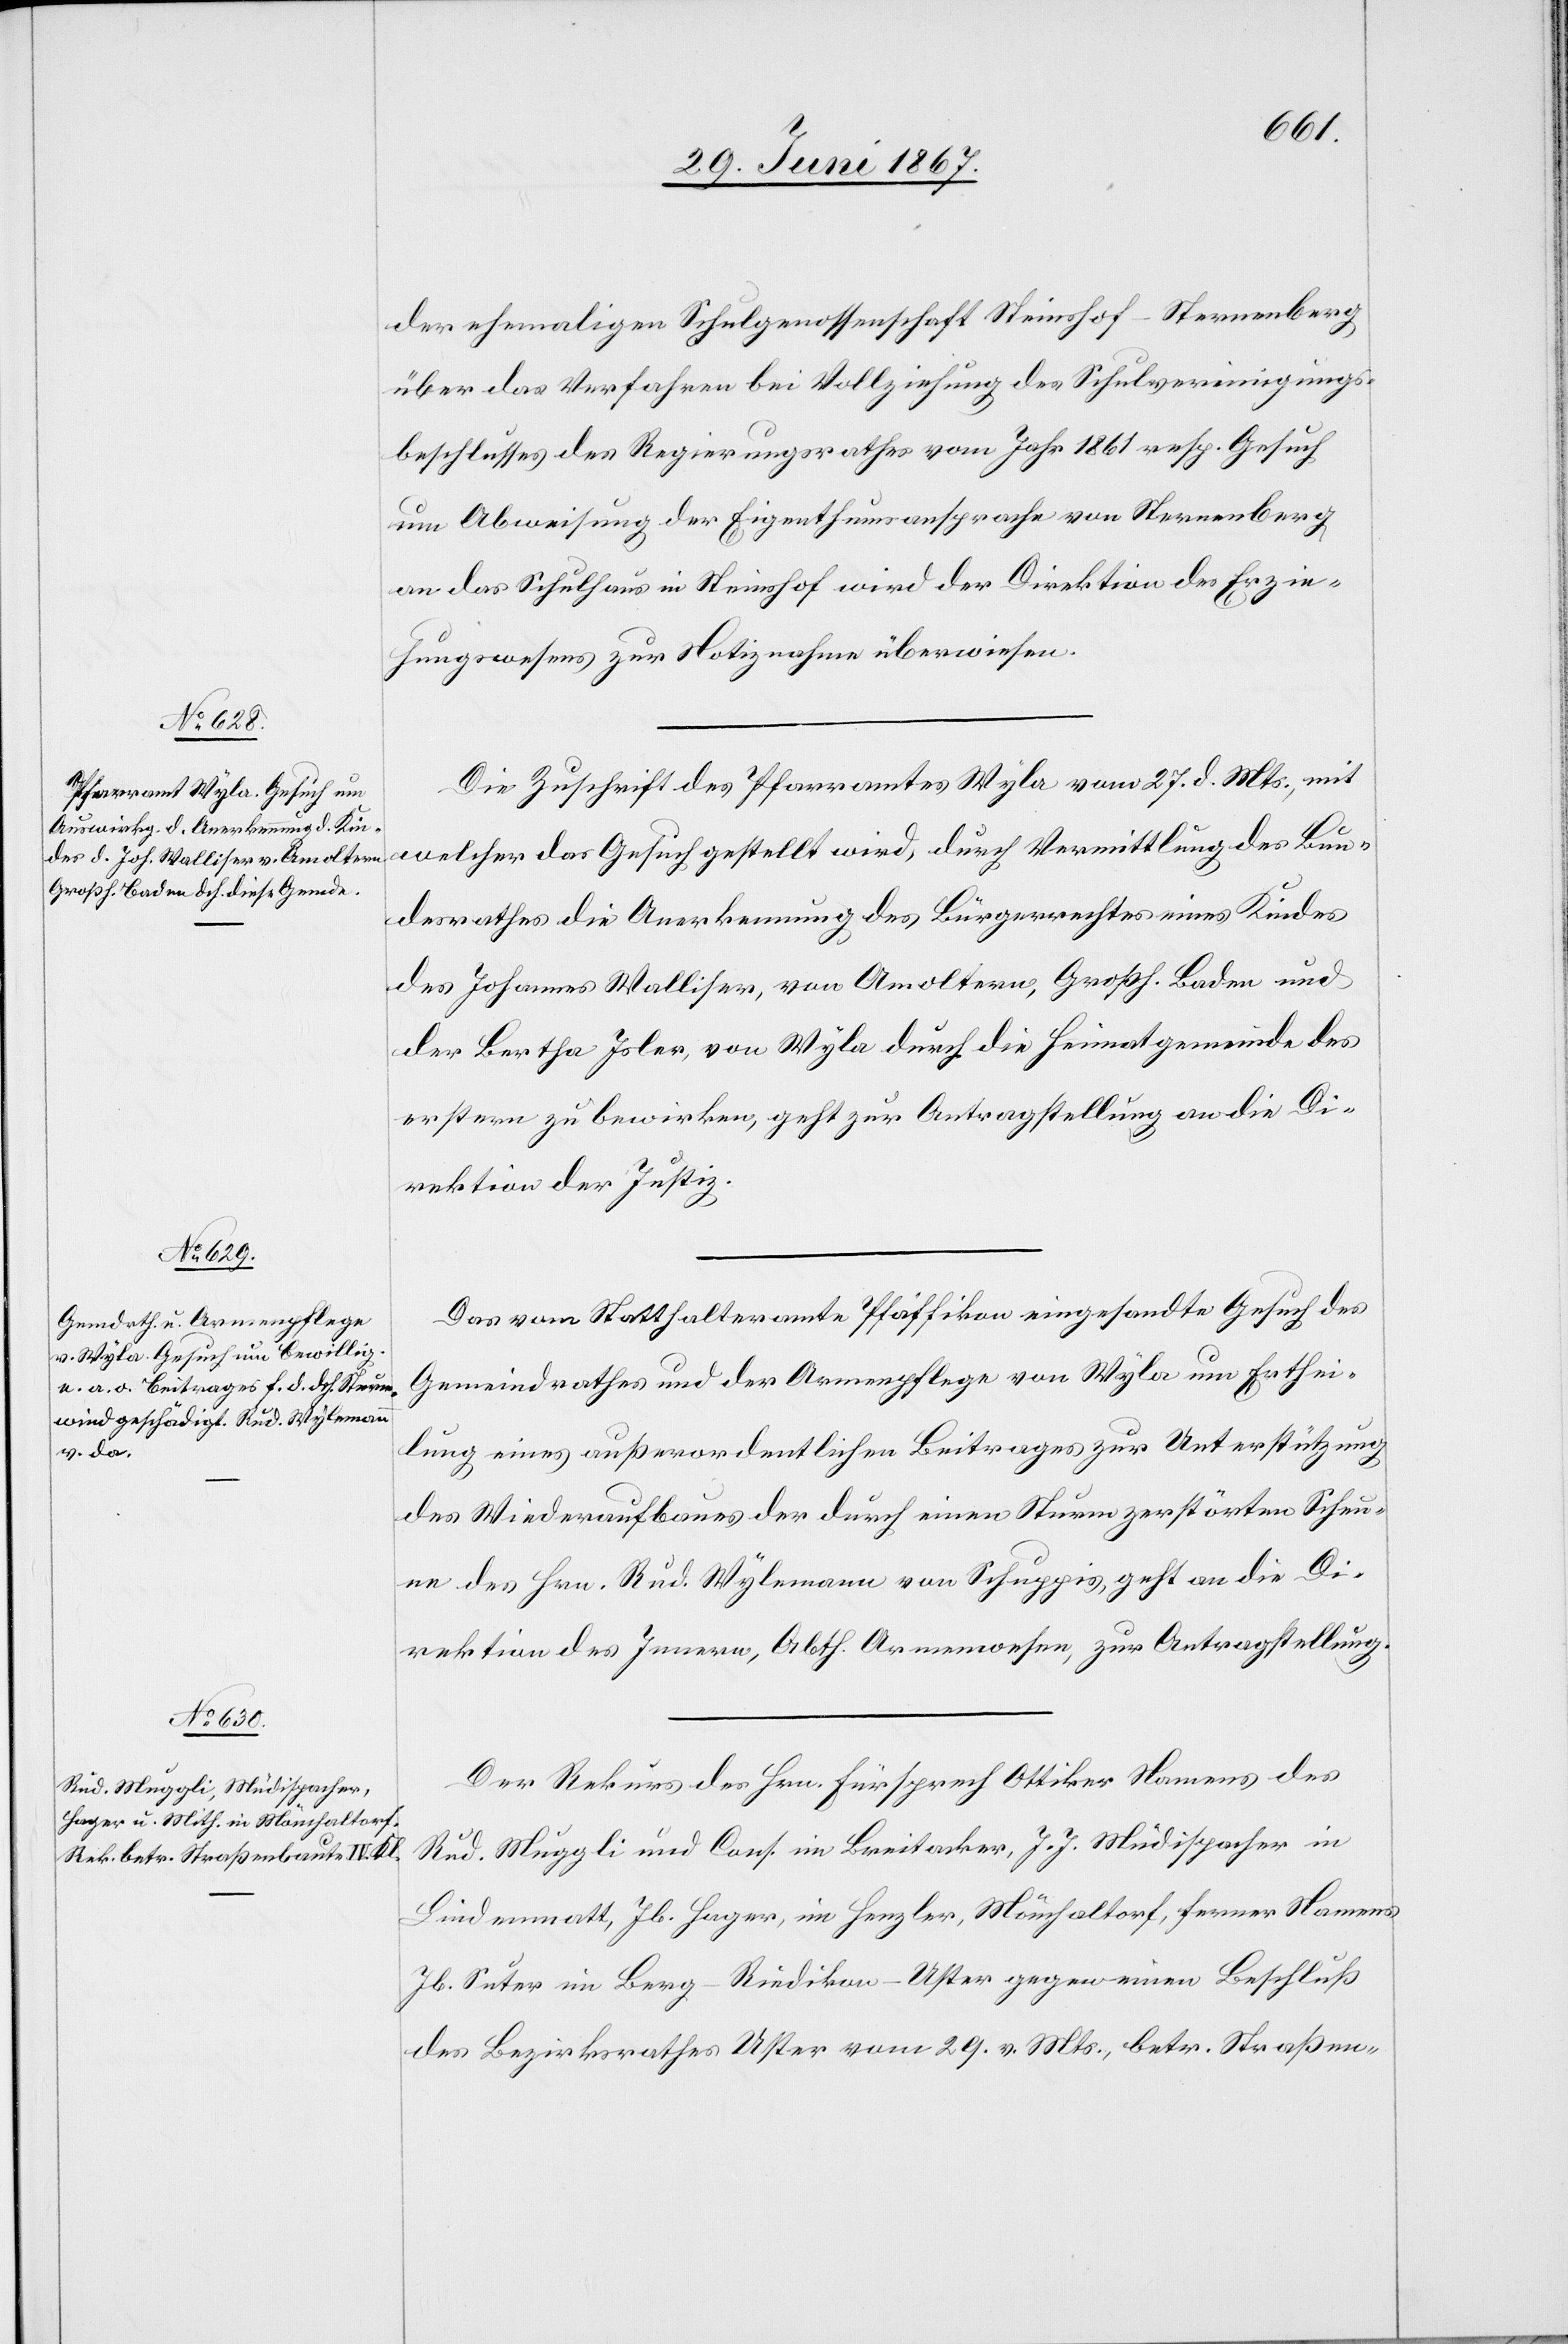
30. Juni 1867.]
der ehemaligen Schulgenossenschaft Steinshof-Sternenberg
über das Verfahren bei Vollziehung des Schulvereinigungs¬
beschlusses des Regierungsrathes vom Jahr 1861 resp. Gesuch
um Abweisung der Eigenthumsansprache von Sternenberg
an das Schulhaus in Steinshof wird der Direktion des Erzie¬
hungswesens zur Notiznahme überwiesen.
Die Zuschrift des Pfarramtes Wyla vom 27. d. Mts., mit
welcher das Gesuch gestellt wird, durch Vermittlung des Bun¬
desrathes die Anerkennung des Bürgerrechtes eines Kindes
des Johannes Walliser, von Amoltern, Großh. Baden und
der Bertha Isler, von Wyla, durch die Heimatgemeinde des
erstern zu bewirken, geht zur Antragstellung an die Di¬
rektion der Justiz.
Das vom Statthalteramte Pfäffikon eingesandte Gesuch des
Gemeindrathes und der Armenpflege von Wyla um Erthei¬
lung eines außerordentlichen Beitrages zur Unterstützung
des Wiederaufbaues der durch einen Sturm zerstörten Scheu¬
ne des Hrn. Rud. Wylemann von Schuppis, geht an die Di¬
rektion des Innern, Abth. Armenwesen, zur Antragstellung.
Der Rekurs des Hrn. Fürsprech Ottiker Namens des
Rud. Muggli und Cons. im Breitacker, J. J. Müdispacher in
Lindenmatt, Jb. Hager, im Henzler, Mönchaltorf, ferner Namens
Jb. Suter im Berg-Riedikon-Uster gegen einen Beschluß
des Bezirksrathes Uster vom 29. v. Mts., betr. Straßen-